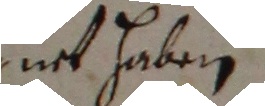
niet haben.